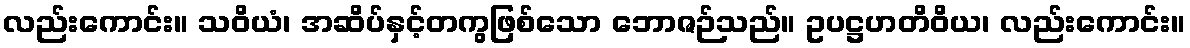
လည်းကောင်း။ သဝိယံ၊ အဆိပ်နှင့်တကွဖြစ်သော ဘောဇဉ်သည်။ ဥပဋ္ဌဟတိဝိယ၊ လည်းကောင်း။